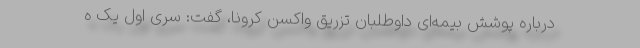
درباره پوشش بیمه‌ای داوطلبان تزریق واکسن کرونا، گفت: سری اول یک ه